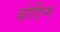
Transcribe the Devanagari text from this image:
बोर्डिन्ग